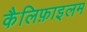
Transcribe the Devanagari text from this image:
कैलिफ़ाइलम